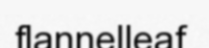
flannelleaf